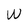
Character: w